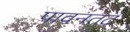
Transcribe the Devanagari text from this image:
पावनतट